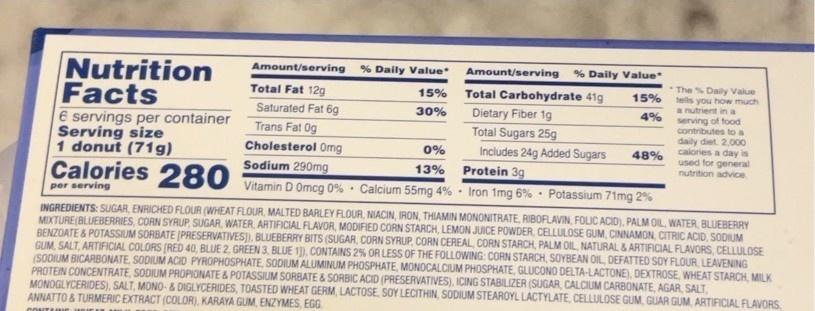
Nutrition
Amount/serving
% Daily Value
Amount/serving
% Daily Value
Total Fat 12g
The % Daily Value tells you how much
15%
Total Carbohydrate 41g Dietary Fiber 1g Total Sugars 25g
15%
Facts E servings per container Serving size 1 donut (71g)
a nutrient in a serving of food contributes to a daily diet. 2,000 calories a day is used for general nutrition advice.
Saturated Fat 6g
30%
4%
Trans Fat Og
Cholesterol Omg
0%
Includes 24g Added Sugars
48%
Calories 280
Sodium 290mg
13% Protein 3g
Vitamin D Omcg 0% · Calcium 55mg 4% · Iron 1mg 6% · Potassium 71mg 2%
per serving
INGREDIENTS: SUGAR, ENRICHED FLOUR (WHEAT FLOUR, MALTED BARLEY FLOUR, NIACIN, IRON, THIAMIN MONONITRATE, RIBOFLAVIN, FOLIC ACID), PALM OIL, WATER, BLUEBERRY MIXTURE BLUEBERRIES, CORN SYRUP, SUGAR, WATER, ARTIFICIAL FLAVOR, MODIFIED CORN STARCH, LEMON JUICE POWDER, CELLULOSE GUM, CINNAMON. CITRIC ACID. SODIUM BENZOATE & POTASSIUM SORBATE (PRESERVATIVES), BLUEBERRY BITS (SUGAR, CORN SYRUP, CORN CEREAL, CORN STARCH, PALM OIL, NATURAL & ARTIFICIAL FLAVORS, CELLULOSE GUM, SALT, ARTIFICIAL COLORS (RED 40, BLUE 2, GREEN 3, BLUE 1]D, CONTAINS 2% OR LESS OF THE FOLLOWING: CORN STARCH, SOYBEAN OIL DEFATTED SOY FLOUR, LEAVENING (SODIUM BICARBONATE, SODIUM ACID PYROPHOSPHATE, SODIUM ALUMINUM PHOSPHATE, MONOCALCIUM PHOSPHATE, GLUCONO DELTA-LACTONE), DEXTROSE, WHEAT STARCH, MILK PROTEIN CONCENTRATE, SODIUM PROPIONATE & POTASSIUM SORBATE & SORBIC ACID (PRESERVATIVES), ICING STABILIZER (SUGAR, CALCIUM CARBONATE, AGAR, SALT. MONOGLYCERIDES), SALT, MONO- & DIGLYCERIDES, TOASTED WHEAT GERM, LACTOSE, SOY LECITHIN, SODIUM STEAROYL LACTYLATE, CELLULOSE GUM, GUAR GUM ARTIFICIAL FLAVORS. ANNATTO & TURMERIC EXTRACT (COLOR), KARAYA GUM, ENZYMES, EGG.
CONTARIE